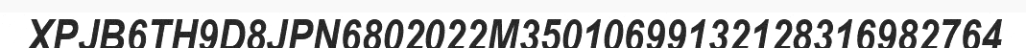
XPJB6TH9D8JPN6802022M35010699132128316982764